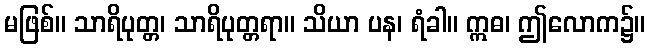
မဖြစ်။ သာရိပုတ္တ၊ သာရိပုတ္တရာ။ သိယာ ပန၊ ရံခါ။ ဣဓ၊ ဤလောက၌။